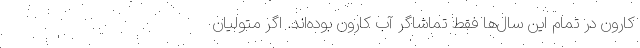
کارون در تمام این سال‌ها فقط تماشاگر آب کارون بوده‌اند. اگر متولیان